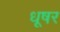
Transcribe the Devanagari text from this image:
धूषर